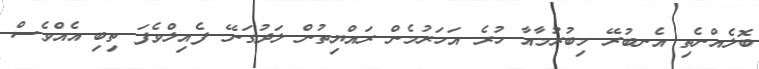
ބޮލެއްނެތި އެނބުރޭ މިބުރުމާއާ ހުރެ އަހަރުމެން ރައްޔިތުން ލަދުގަނޭ. ފެއިލްވެފަ ތިބި އެއްވެސް